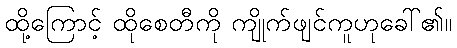
ထို့ကြောင့် ထိုစေတီကို ကျိုက်ဖျင်ကူဟုခေါ်၏။